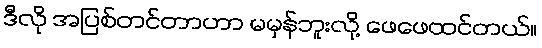
ဒီလို အပြစ်တင်တာဟာ မမှန်ဘူးလို့ ဖေဖေထင်တယ်။